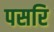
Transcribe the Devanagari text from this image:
पसरि